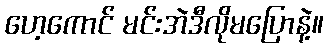
ဟေ့ကောင် မင်းအဲဒီလိုမပြောနဲ့။